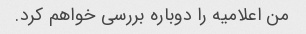
من اعلامیه را دوباره بررسی خواهم کرد.